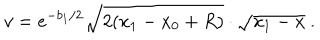
LaTeX: v = e ^ { - b _ { 1 } / 2 } \sqrt { 2 ( x _ { 1 } - x _ { 0 } + R ) } \cdot \sqrt { x _ { 1 } - x } ~ .